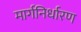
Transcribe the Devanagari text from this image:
मार्गनिर्धारण